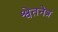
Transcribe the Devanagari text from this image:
श्वेतनेत्र